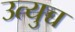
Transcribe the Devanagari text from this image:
उत्युच्च